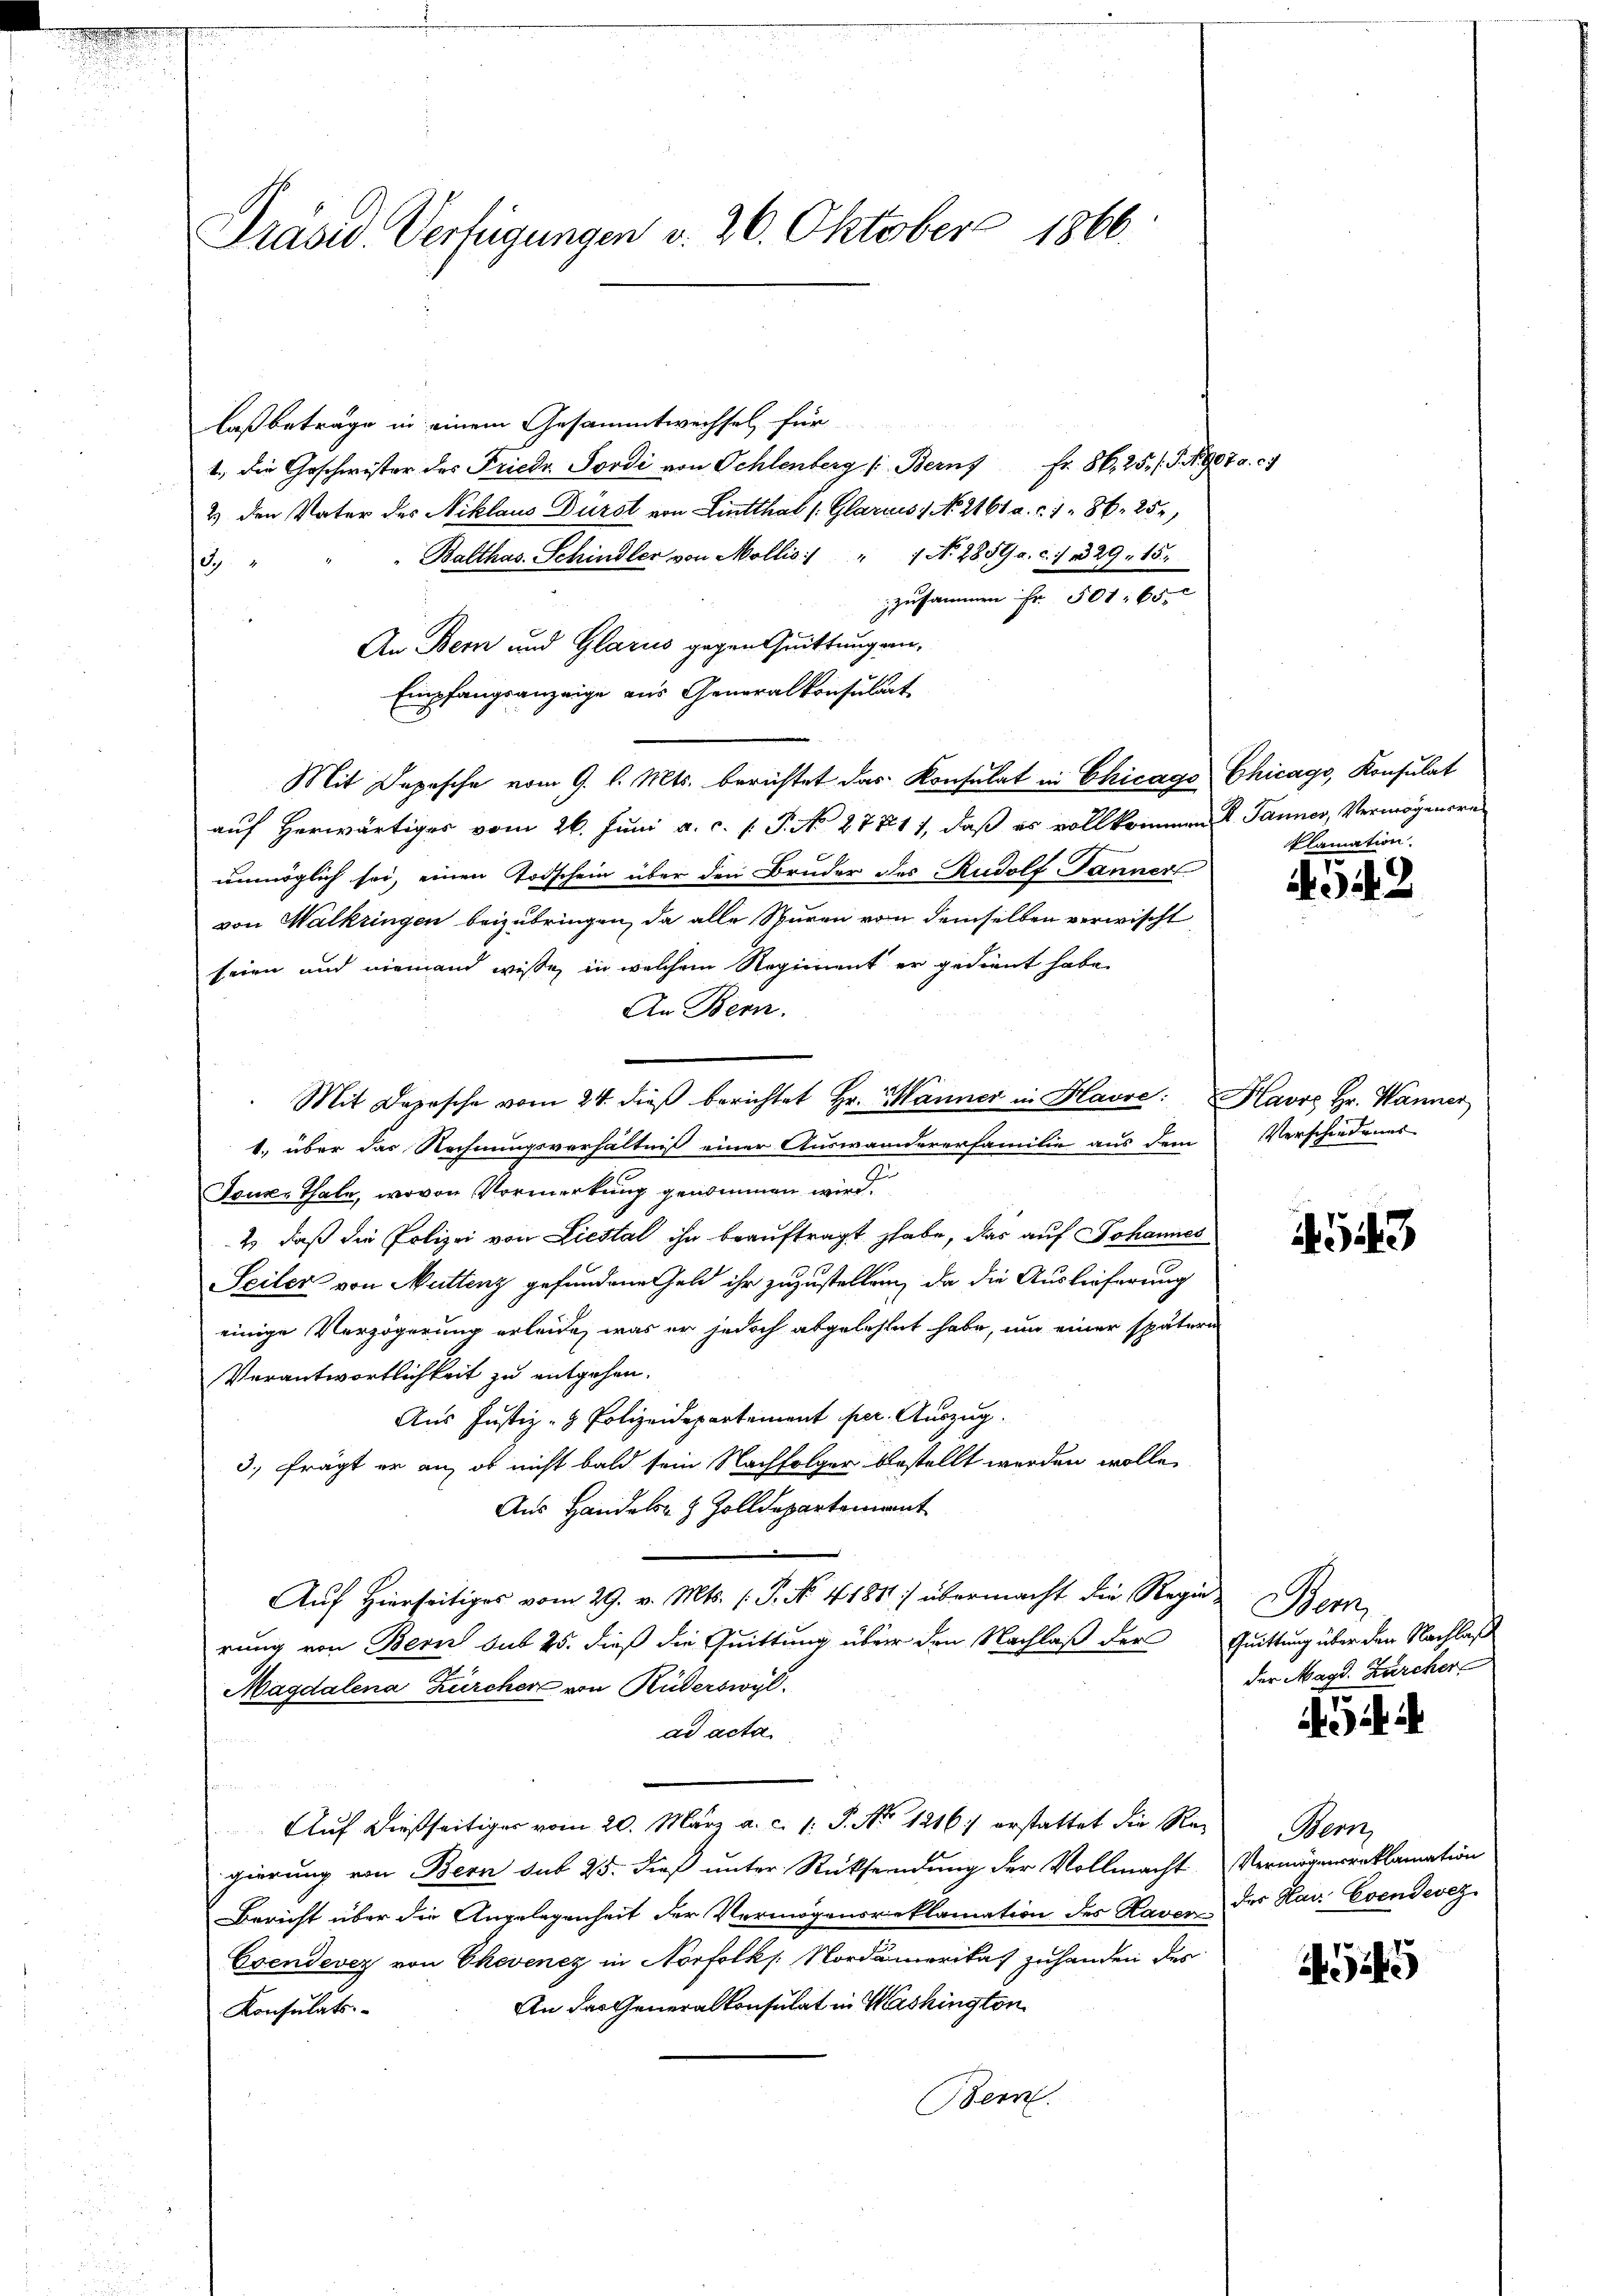
Prasid. Verfügungen v. 26. Oktober 1866

laß beträge in einem Gesammtwechsel für
1., die Geschwister des Friedr Sordi von Schlenberg (Berns Fr. 86, 25. / 5. Nota. c.
2) den Vater des Niklaus Dürst von Lintthal (Glarus 1 No. 2161 a. c. 186. 252)
Balthas-Schindler von Mollis: " 1 No 2859 a. c. 1 29. 15.

zusammen Fr. 501. 65
An Bern und Glarus gegen Quittung an¬
Empfangsanzeige aus Generalkonsultat
Mit Depesche vom 9. l. Mts. berichtet das Konsulat in Chicago Chicago, Konsulat
auf herwärtiges vom 26. Juni a.c. (T. N. 27711, daß es vollkommen K. Jänner, Vermögensre
unmöglich sei, einen Todschein über den Bruder des Rudolf Jänner
von Walkringen beizubringen, da alle Spuren von demselben verwischt
seien und niemand wisse, in welchem Regiment er gedient habe.
An Bern.
Mit Deposche vom 24. dieβ berichtet Hr. Manner in Havre: Havro Hr. Manner
1., über das Rechnungsverhältniß einer Auswandererfamilie aus dem Verschiedenes
Touk-Thale, wovon Vormerkung genommen wird.
2) daß die Polizei von Liestal ihn beauftragt habe, das auf Johannes
Seiler von Muttenz gefundene Geld ihr zuzustellen, da die Auslieferung
einige Verzögerung erleide, was er jedoch abgelehnet habe, um einer spätern
Verantwortlichkeit zu entgehen.
Aus Justiz- & Polizeidepartement per. Auszug.
3. frägt er an, ob nicht bald sein Nachfolger bestellt werden wolle,
Aus Handels- & Zolldepartement
Auf Hierseitiges vom 29. v. Mts. (T. No. 41881) übermacht die Regie
rung von Bern sub 25. dieß die Quittung über den Nachlaß der Quittung über den Nachlaß
Magdalena Zürcher von Rüderswyl.
ad acta
Aŭf dießseitiger vom 20. März a. c. 1: P. No 1216) erstattet die Rei Bern,
gierung von Bern sub 25. dieß unter Rücksendung der Vollmacht Vermögensreklamation
Bericht über die Angelegenheit der Vermögensreklamation der Kaver der Kau. Evendevez
Esendever von Chevenez in Norfolk s. Nordamerikas zuhanden des
An das Generalkonsulat in Washington
Konsulats.
Bern.

klamation.

4542

543

Wem
der Magd. Zürcher

54 i

545